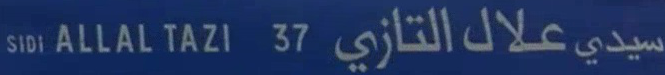
SIDI ALLAL TAZI 3